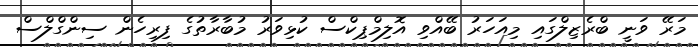
މަރޭ ވަނީ ބްރެޒިލްގައި މިއަހަރު ބޭއްވި އޮލިމްޕިކްސް ކުޅިވަރު މުބާރާތުގެ ފިރިހެން ސިންގްލްސް